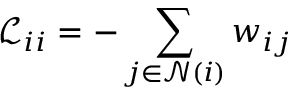
\mathcal { L } _ { i i } = - \sum _ { j \in \mathcal { N } ( i ) } w _ { i j }